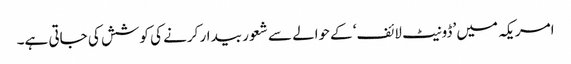
امریکہ میں ’ڈونیٹ لائف‘ کےحوالے سے شعور بیدار کرنے کی کوشش کی جاتی ہے۔